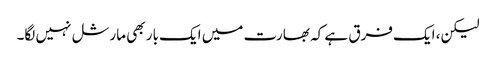
لیکن، ایک فرق ہے کہ بھارت میں ایک بار بھی مارشل نہیں لگا۔